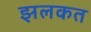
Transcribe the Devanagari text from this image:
झलकत